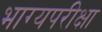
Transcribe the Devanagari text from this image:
भाग्यपरीक्षा